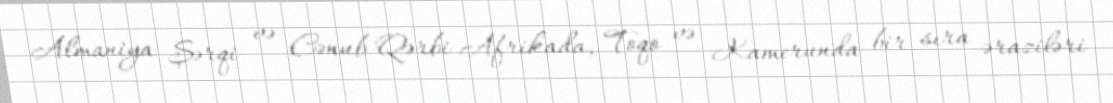
Almaniya Şərqi və Cənub-Qərbi Afrikada, Toqo və Kamerunda bir sıra əraziləri